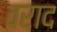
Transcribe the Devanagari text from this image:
वराद